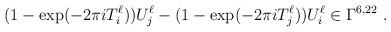
LaTeX: \begin{align*}(1-\exp(-2\pi i T^\ell_i ))U^\ell_j -(1-\exp(-2\pi i T^\ell_j ))U^\ell_i \in \Gamma^{6,22}~.\end{align*}